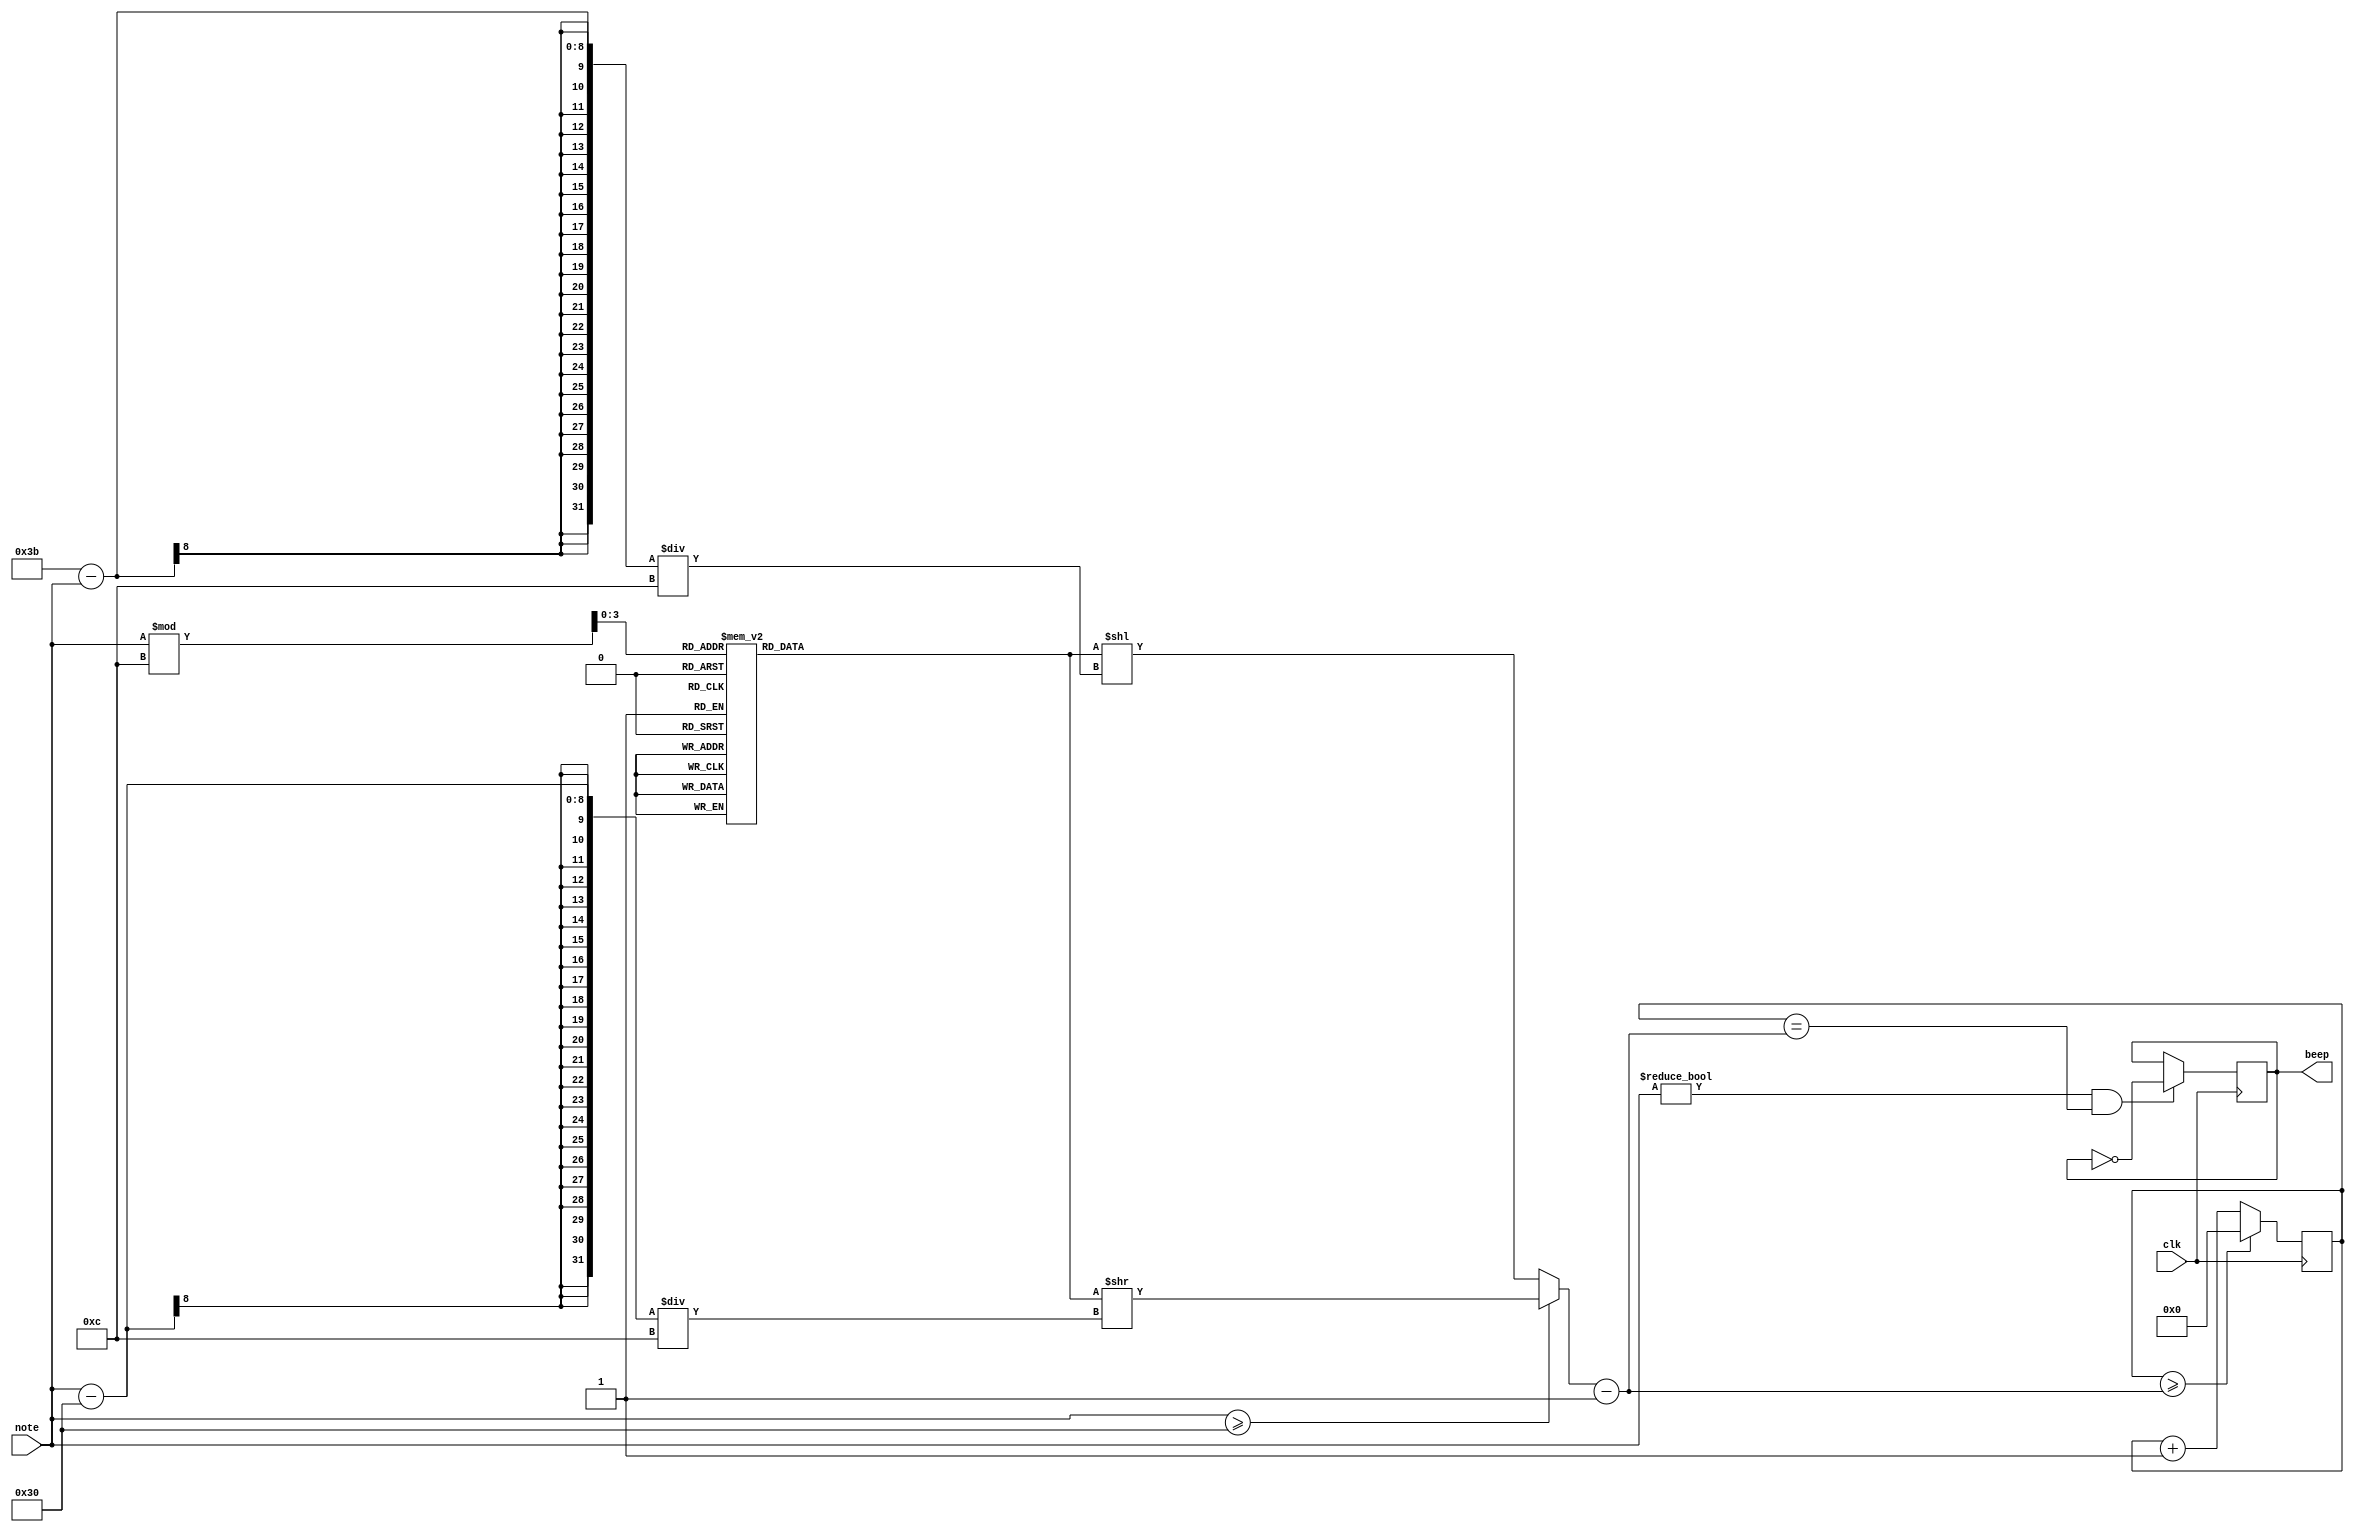
`timescale 1ns / 1ps

//  100MHz 
//  48  C4,  1 
module buzzer(
    input clk, // 100MHz
    input [7:0] note,
    output reg beep
    );

reg [31:0] num [11:0];
reg [31:0] tot, cnt;

initial begin
    tot = 0;  cnt = 0;
    num[0] = 32'd191109;
    num[1] = 32'd180383;
    num[2] = 32'd170259;
    num[3] = 32'd160703;
    num[4] = 32'd151683;
    num[5] = 32'd143170;
    num[6] = 32'd135134;
    num[7] = 32'd127550;
    num[8] = 32'd120391;
    num[9] = 32'd113634;
    num[10] = 32'd107256;
    num[11] = 32'd101236;
end

always @(note) begin
    tot = num[note % 12];
    if( note >= 48 ) tot = tot >> ((note-48)/12);
    else tot = tot << ((59-note)/12);
end

initial beep = 1'b0;
always @(posedge clk) begin
    cnt <= (cnt >= tot-1) ? 0 : cnt+1;
end

always @(posedge clk) begin
    if( note != 0 && cnt == tot-1 )
        beep = ~beep;
end
endmodule